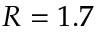
R = 1 . 7